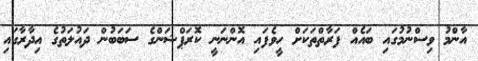
އާންމު ވިސްނުމުގައި ބައެއް ފަރާތްތަކަށް ހީވެފައި އޮންނަނީ ކޮރަޕްޝަންގެ ސަބަބުން ދައުލަތުގެ އިދާރާގައި